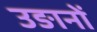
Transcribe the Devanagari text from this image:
उङानों